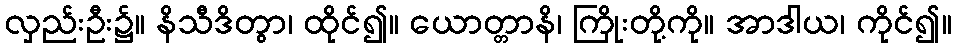
လှည်းဦး၌။ နိသီဒိတွာ၊ ထိုင်၍။ ယောတ္တာနိ၊ ကြိုးတို့ကို။ အာဒါယ၊ ကိုင်၍။